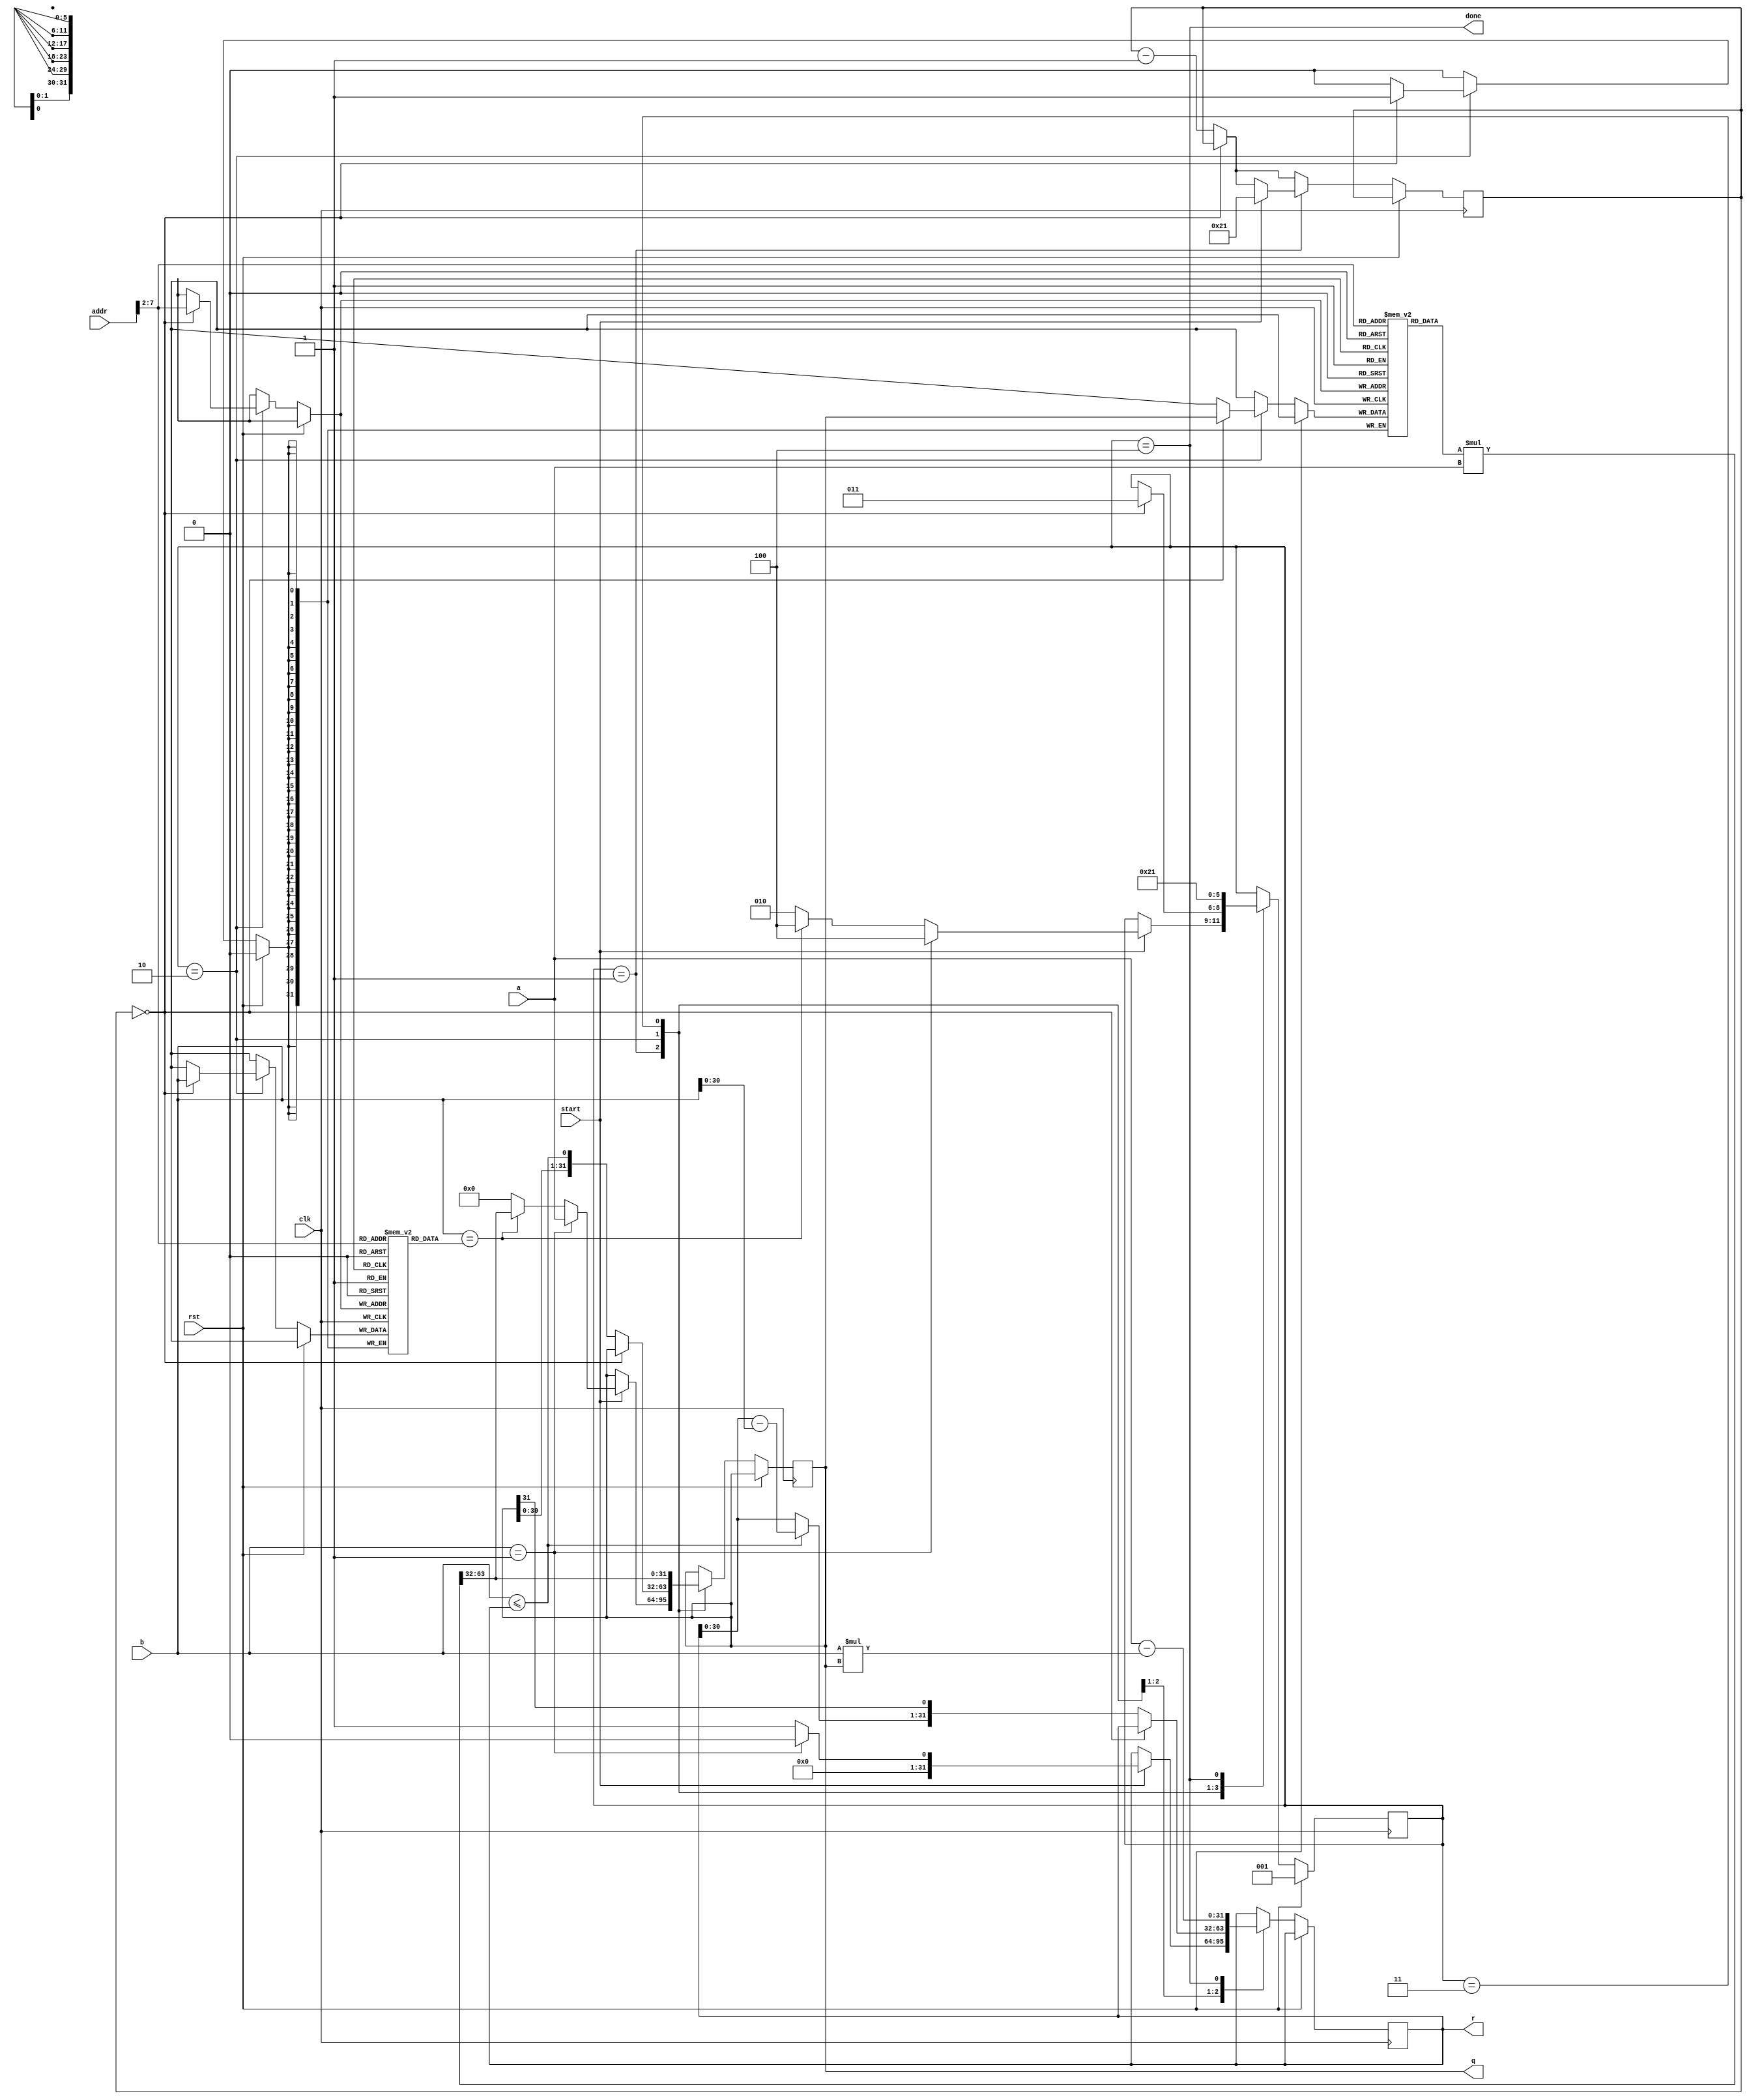

module cr_div(rst, clk, addr, start, a, b, q, r, done);
parameter IDLE = 3'd1;
parameter RECIP = 3'd2;
parameter RECIP1 = 3'd3;
parameter DONE = 3'd4;
input rst;
input clk;
input [31:0] addr;
input start;
input [31:0] a;
input [31:0] b;
output [31:0] q;
output [31:0] r;
output done;

reg [2:0] state;
reg [31:0] bcache [0:63];		// 'b' is the cache tag
reg [31:0] recip_cache [0:63];	// cache of reciprocals
wire [63:0] prod = recip_cache[addr[7:2]] * a;
reg [31:0] q,r;
reg [7:0] cnt;
wire cnt_done = cnt==8'd0;
assign done = state==DONE;

wire b0 = b <= r;
wire [31:0] r1 = b0 ? r - b : r;

always @(posedge clk)
if (rst) begin
	state <= IDLE;
end
else begin
if (!cnt_done)
	cnt <= cnt - 8'd1;
case(state)
IDLE:
	if (start) begin
		// Note: we are calculating the inverse as a fraction less than one, so
		// we start by placing the dividend directly into the remainder field
		// rather than the quotient field as for a normal divide. We can save
		// 32 clock cycles this way. We know there would just be 32 leading
		// zeros because the fraction is less than one.
		q <= 32'd0;
		r <= 32'd1;
		if (b==1) begin
			q <= a;
			r <= 0;
			state <= DONE;
		end
		// Here is what speeds things up, if we find the reciprocal cached, the
		// quotient is returned right away after a multiply.
		else if (b==bcache[addr[7:2]]) begin
			q <= prod[63:32];
			state <= DONE;
		end
		else
			state <= RECIP;
		cnt <= 8'd33;
	end
// This state computes the reciprocal and caches it if the reciprocal isn't in
// the cache already.
RECIP:
	if (!cnt_done) begin
		q <= {q[30:0],b0};
		r <= {r1,q[31]};
	end
	else begin
		bcache[addr[7:2]] <= b;
		recip_cache[addr[7:2]] <= q;
		state <= RECIP1;
	end
// State to compute the quotient using the newly cached reciprocal.
RECIP1:
	begin
		q <= prod[63:32];
		state <= DONE;
	end
// Compute the remainder. You may not want to since it's a resource hog - it
// takes an additional multiply and subtract. The remainder is often easily
// calculated by program code rather than hardware.
DONE:
	begin
	$display("==========================");
	$display("a=%d,b=%d",a,b);
	$display("q=%d,r=%d",q,a - b * q);
	$display("rc[%h]=%d",addr[7:2],recip_cache[addr[7:2]]);
	$display("==========================");
	r <= a - b * q;
	state <= IDLE;
	end
endcase
end

endmodule